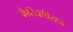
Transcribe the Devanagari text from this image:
कैरियवियन